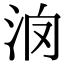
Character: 𣲿